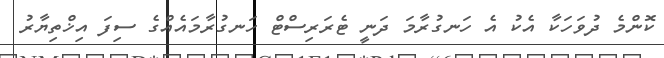
ކޮންމެ ދުވަހަކާ އެކު އެ ހަނގުރާމަ ދަނީ ޓެރަރިސްޓް ހަނގުރާމައެއްގެ ސިފަ އިޚްތިޔާރު